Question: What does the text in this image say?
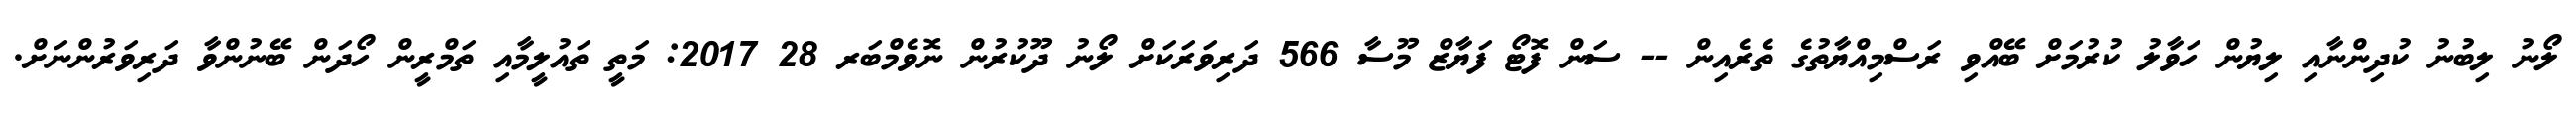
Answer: ލޯނު ލިބުނު ކުދިންނާއި ލިޔުން ހަވާލު ކުރުމަށް ބޭއްވި ރަސްމިއްޔާތުގެ ތެރެއިން -- ސަން ފޮޓޯ ފަޔާޒް މޫސާ 566 ދަރިވަރަކަށް ލޯނު ދޫކުރުން ނޮވެމްބަރ 28 2017: މަތީ ތައުލީމާއި ތަމްރީން ހޯދަން ބޭނުންވާ ދަރިވަރުންނަށް.